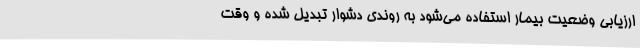
ارزیابی وضعیت بیمار استفاده می‌شود به روندی دشوار تبدیل شده و وقت